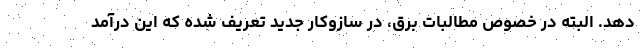
دهد. البته در خصوص مطالبات برق، در سازوکار جدید تعریف شده که این درآمد